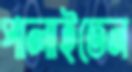
পালাইতেন